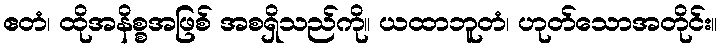
ဧတံ၊ ထိုအနိစ္စအဖြစ် အစရှိသည်ကို။ ယထာဘူတံ၊ ဟုတ်သောအတိုင်း။